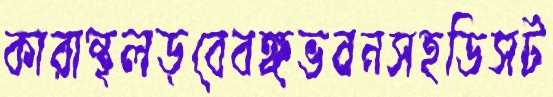
কারান্থলড়বেবঙ্গভবনসহডিসট